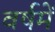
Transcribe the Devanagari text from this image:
वर्षमें